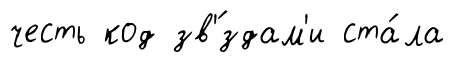
честь код зв'́здам'и ста́ла